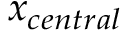
x _ { c e n t r a l }